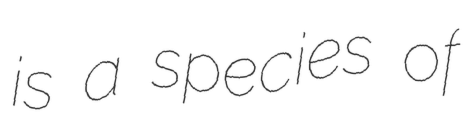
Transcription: is a species of